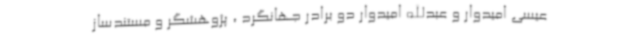
عیسی امیدوار و عبدالله امیدوار دو برادر جهانگرد ، پژوهشگر و مستندساز